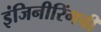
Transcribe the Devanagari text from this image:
इंजिनीरिंगची